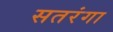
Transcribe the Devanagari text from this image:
सतरंगा